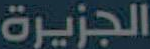
الجزيرة